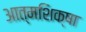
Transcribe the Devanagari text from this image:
आत्मशिक्षा